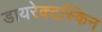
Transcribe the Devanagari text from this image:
डायरेक्टस्किन